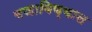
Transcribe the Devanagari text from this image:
बजाविण्यास